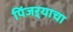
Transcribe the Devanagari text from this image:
पिंजऱ्याचा